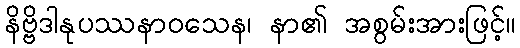
နိဗ္ဗိဒါနုပဿနာဝသေန၊ နာ၏ အစွမ်းအားဖြင့်။